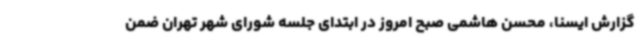
گزارش ایسنا، محسن هاشمی صبح امروز در ابتدای جلسه شورای شهر تهران ضمن